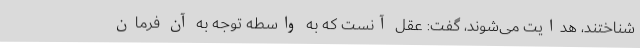
شناختند، هدایت می‌شوند، گفت: عقل آنست که به واسطه توجه به آن فرمان